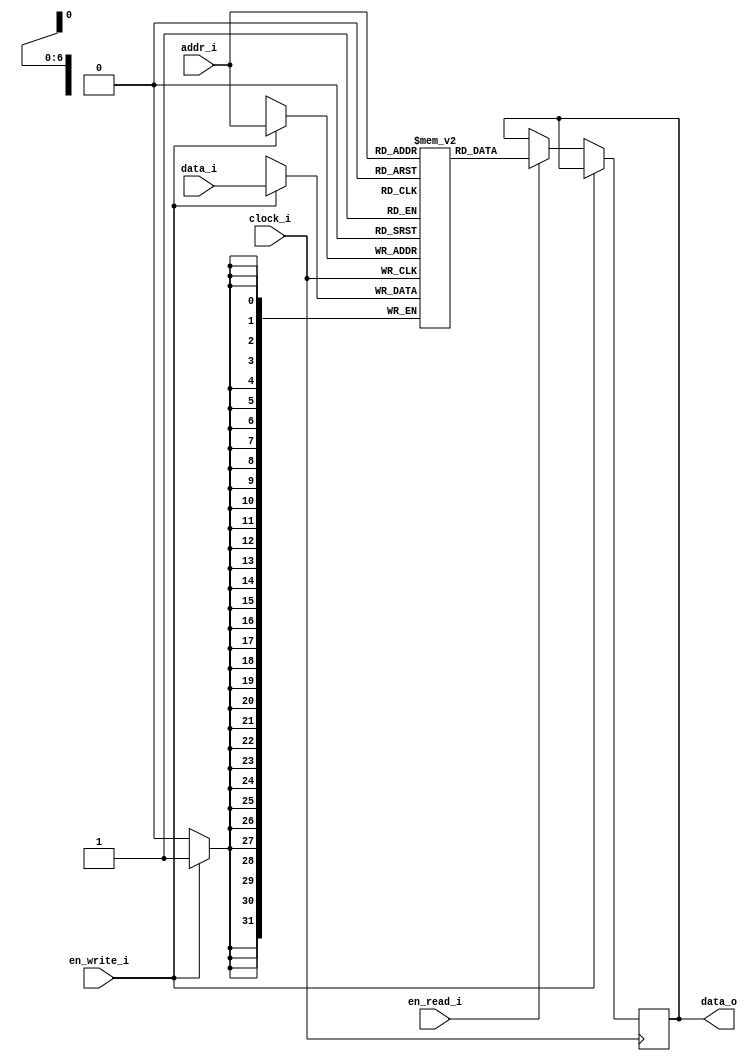
`timescale 1ns / 1ps

`define N_ELEMENTS 128
`define ADDRWIDTH $clog2(`N_ELEMENTS)

module mem_inst
	#(
		parameter NB_DATA = 32,
		parameter NBYTE   = 8
	)
	( 
		input wire clock_i,
		input wire en_write_i,
		input wire en_read_i, 		
		
		input wire [`ADDRWIDTH-1:0] addr_i,
		input wire [NB_DATA-1:0] data_i,
		output wire [NB_DATA-1:0] data_o
	
	);

	reg [NB_DATA-1:0] RAM[`N_ELEMENTS-1:0];
    reg [NB_DATA-1:0] data_reg;
	
	always @(posedge clock_i)
		begin
			if (en_write_i) //escritura										
				RAM[addr_i] <= data_i; // little_endian

			else if (en_read_i)
				data_reg <= RAM[addr_i];			
			else 
				data_reg <= data_reg;							
		end
	assign data_o = data_reg;
	
  
endmodule